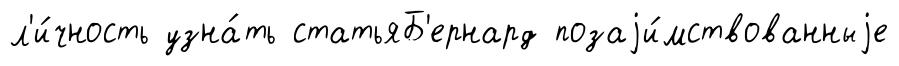
л'и́чность узна́ть статьяБ'ернард позаjи́мствованныjе